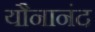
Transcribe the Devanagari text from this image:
यौनानंद